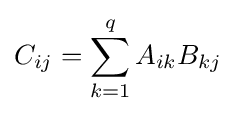
C_{ij}=\sum _{k=1}^{q}A_{ik}B_{kj}